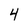
Character: 4